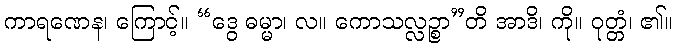
ကာရဏေန၊ ကြောင့်။ “ဒွေ ဓမ္မာ၊ လ။ ကောသလ္လဉ္စာ”တိ အာဒိ၊ ကို။ ဝုတ္တံ၊ ၏။